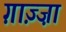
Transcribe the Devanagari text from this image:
ग़ाज़्ज़ा